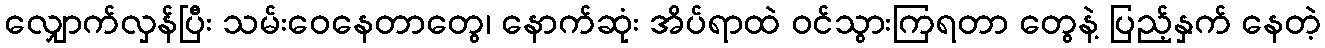
လျှောက်လှန်ပြီး သမ်းဝေနေတာတွေ၊ နောက်ဆုံး အိပ်ရာထဲ ဝင်သွားကြရတာ တွေနဲ့ ပြည့်နှက် နေတဲ့